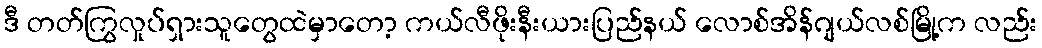
ဒီ တတ်ကြွလှုပ်ရှားသူတွေထဲမှာတော့ ကယ်လီဖိုးနီးယားပြည်နယ် လောစ်အိန်ဂျယ်လစ်မြို့က လည်း